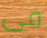
فى